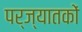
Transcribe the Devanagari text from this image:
पर्ज्यातकों